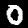
Digit: 0